Vaccination United Provinces of Agra and Oudh 1902-1913 - 1902-1913
Year: 1902
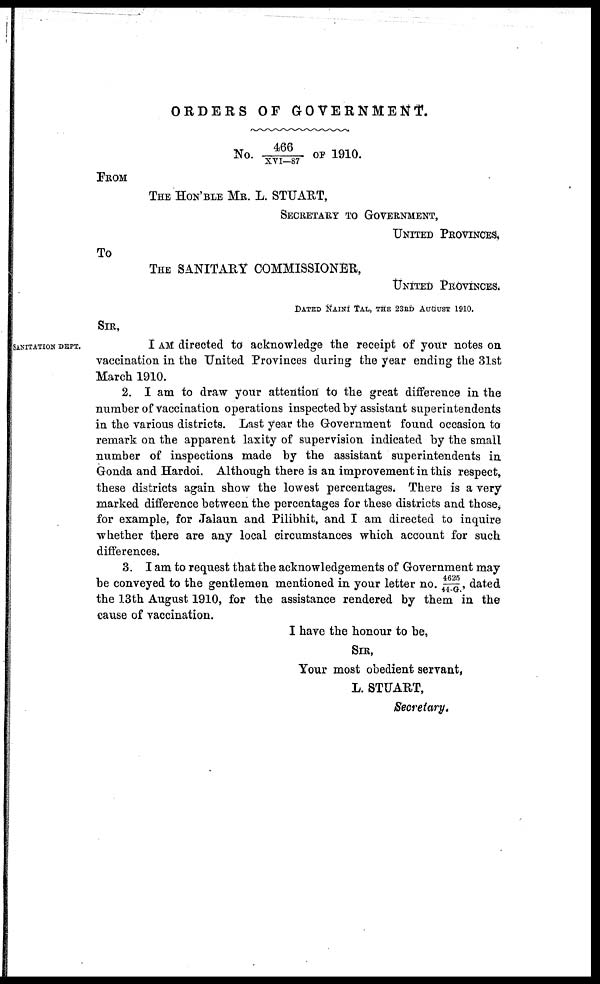
ORDERS OF
GOVERNMENT.
No. 466/XVI—87 OF 1910.
FROM
THE HON'BLE MR. L. STUART,
SECRETARY TO GOVERNMENT,
UNITED PROVINCES,
TO
THE SANITARY COMMISSIONER,
UNITED PROVINCES.
DATED NAINI TAL, THE 23RD AUGUST 1910.
SIR,
SANITATION DEPT.
I AM directed to acknowledge the receipt of your notes on
vaccination in the United Provinces during the year ending the 31st
March 1910.
2. I am to draw your attention to the great difference in the
number of vaccination operations inspected by assistant superintendents
in the various districts. Last year the Government found occasion to
remark on the apparent laxity of supervision indicated by the small
number of inspections made by the assistant superintendents in
Gonda and Hardoi. Although there is an improvement in this respect,
these districts again show the lowest percentages. There is a very
marked difference between the percentages for these districts and those,
for example, for Jalaun and Pilibhit, and I am directed to inquire
whether there are any local circumstances which account for such
differences.
3. I am to request that the acknowledgements of Government may
be conveyed to the gentlemen mentioned in your letter no. 4625/44-G., dated
the 13th August 1910, for the assistance rendered by them in the
cause of vaccination.
I have the honour to be,
SIR,
Your most obedient servant,
L. STUART,
Secretary,